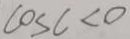
\cos c < 0